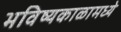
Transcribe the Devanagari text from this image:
भविष्यकाळामध्ये